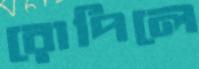
রোপিলে